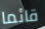
قائما